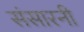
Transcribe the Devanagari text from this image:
संसारनी